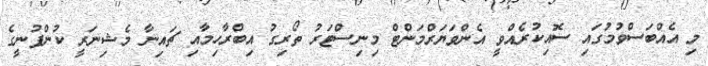
މި އެއްބަސްވުމުގައި ސޮއިކުރެއްވީ އެންވަޔަރްމަންޓް މިނިސްޓަރު ތޯރިގު އިބްރާހިމާއި ޗައިނާ މެޝިނަރީ ކުންފުނީގެ